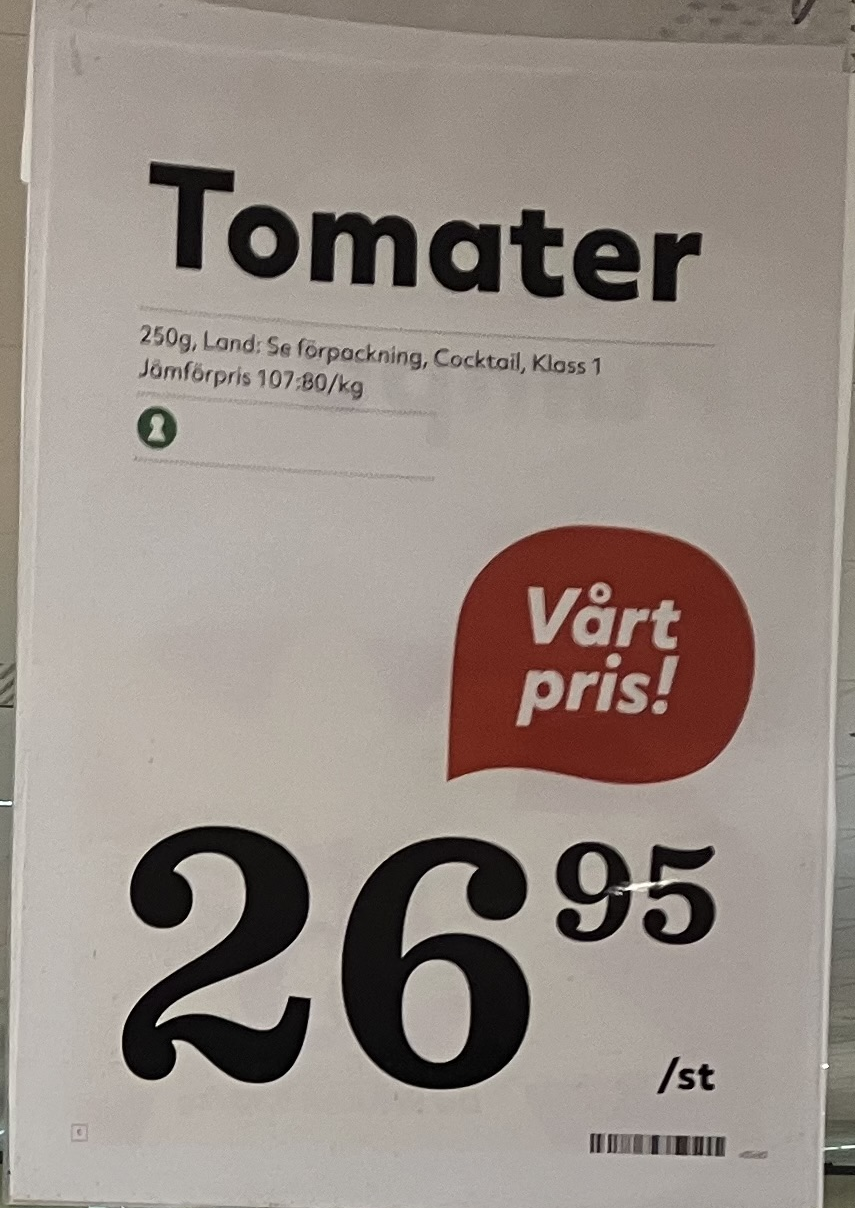
Vara: Tomater
Genomsnittspris: 107.8 per kg